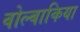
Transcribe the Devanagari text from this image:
वोल्बाकिया